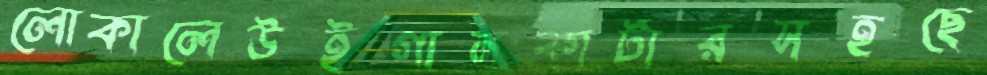
লোকালেউইগানকার্টারসহছে